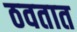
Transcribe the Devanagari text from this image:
ठवतात